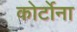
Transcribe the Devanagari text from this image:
कोर्टोना